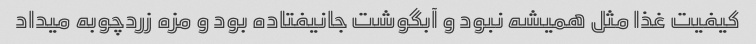
کیفیت غذا مثل همیشه نبود و آبگوشت جانیفتاده بود و مزه زردچوبه میداد